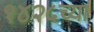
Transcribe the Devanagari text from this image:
१४२५च्या